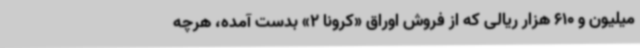
میلیون و 610 هزار ریالی که از فروش اوراق «کرونا 2» بدست آمده، هرچه